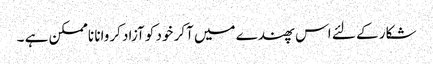
شکار کے لئے اس پھندے میں آکر خود کو آزاد کروانا ناممکن ہے ۔